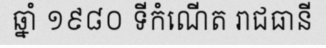
ឆ្នាំ ១៩៨០ ទីកំណើត រាជធានី